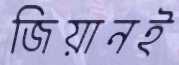
জিয়ানই